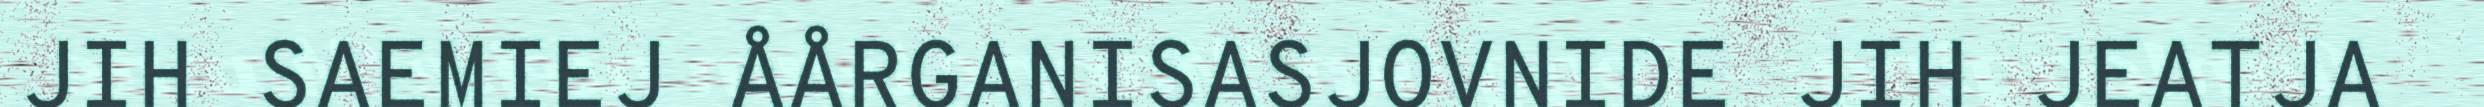
JIH SAEMIEJ ÅÅRGANISASJOVNIDE JIH JEATJA